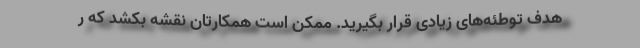
هدف توطئه‌های زیادی قرار بگیرید. ممکن است همکارتان نقشه بکشد که ر